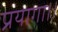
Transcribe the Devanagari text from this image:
प्रयागा।।